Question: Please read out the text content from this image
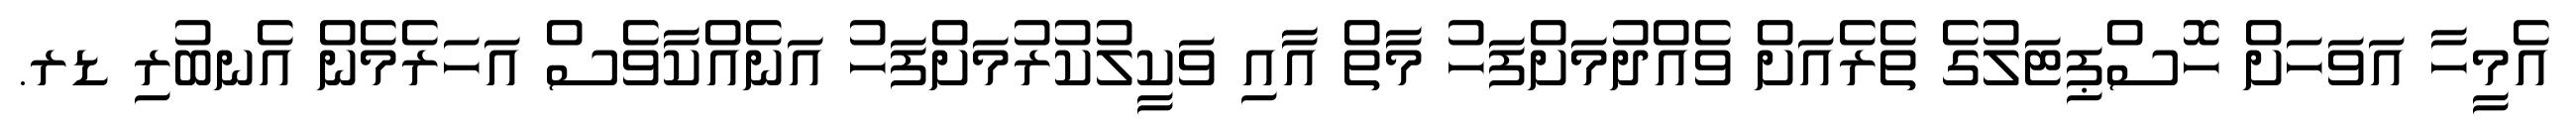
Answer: އެމީހާ އަވަހަށް ހޮސްޕިޓަލުގެ ތެރެއަށް ވެއްދުމަށްފަހު މާތް އާއި ވަކީލުކުރުމަށްފަހު އަނެއްކާވެސް އަހަރެމެން އެނބުރި ޑރ.